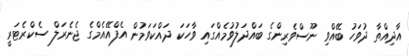
އާދިއްތާ ދުވަހު ބޭއްވި ނޫސްވެރިންގެ ބައްދަލުވުމެއްގައި ވާހަކަ ދައްކަވަމުން އެފްއޭއެމްގެ ޖެނެރަލް ސެކްރެޓަރީ